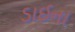
ડાઈના